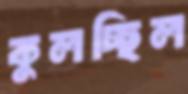
কুলচ্ছিল